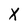
Character: X